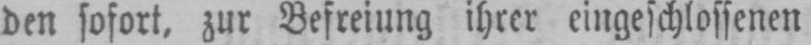
den sofort, zur Befreiung ihrer eingeschlossenen